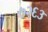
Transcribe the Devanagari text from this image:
७२६३